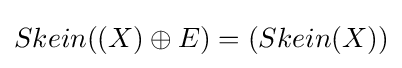
Skein((X)\oplus {E})=(Skein(X))